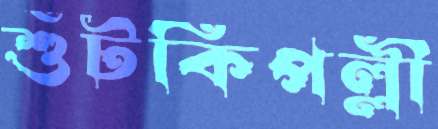
শুঁটকিপল্লী